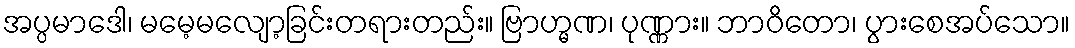
အပ္ပမာဒေါ၊ မမေ့မလျော့ခြင်းတရားတည်း။ ဗြာဟ္မဏ၊ ပုဏ္ဏား။ ဘာဝိတော၊ ပွားစေအပ်သော။